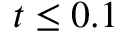
t \le 0 . 1